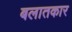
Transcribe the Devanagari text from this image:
बलातकार